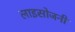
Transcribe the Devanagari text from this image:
लाइसोजनी